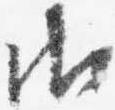
御